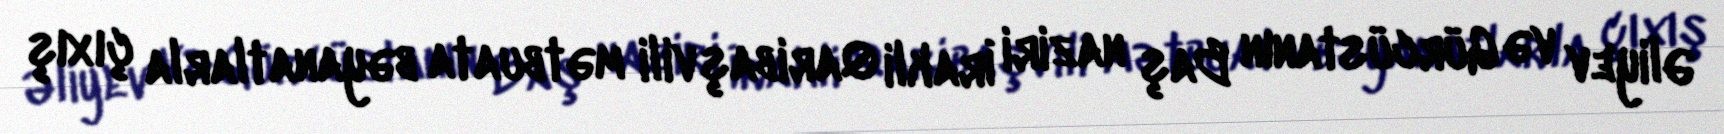
Əliyev və Gürcüstanın Baş naziri İrakli Qaribaşvili mətbuata bəyanatlarla çıxış